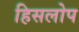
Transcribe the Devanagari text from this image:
हिसलोप